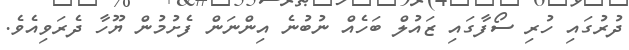
ދުރުގައި ހުރި ސޯފާގައި ޒައުލް ބަހެއް ނުބުނެ އިންނަން ފެށުމުން ޔޫހާ ދެރަވިއެވެ.